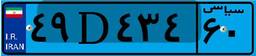
۱۹D۶۲۸۰۰